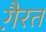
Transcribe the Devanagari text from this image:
गै़रत